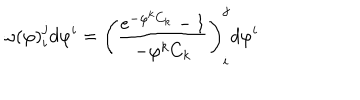
LaTeX: \omega ( \varphi ) _ { i } ^ { j } d \varphi ^ { i } = \left( \frac { e ^ { - \varphi ^ { k } C _ { k } } - 1 } { - \varphi ^ { k } C _ { k } } \right) _ { i } ^ { j } d \varphi ^ { i }